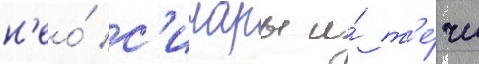
н'ео́ с'инары и́ т'е́чи